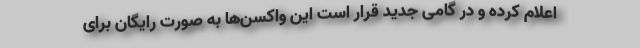
اعلام‌ کرده و در گامی جدید قرار است این واکسن‌ها به صورت رایگان برای